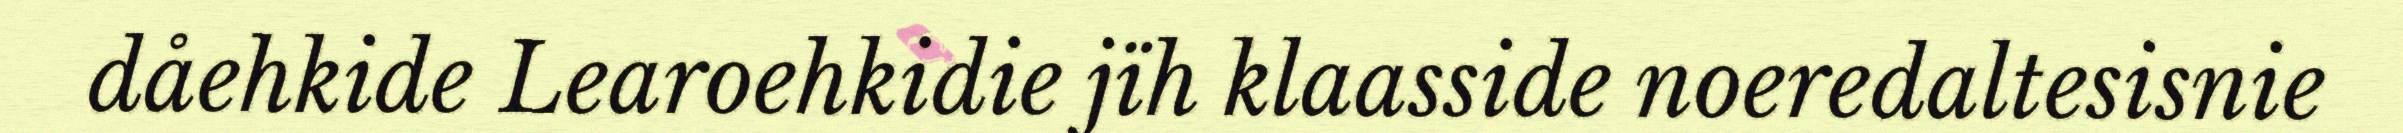
dåehkide Learoehkidie jïh klaasside noeredaltesisnie